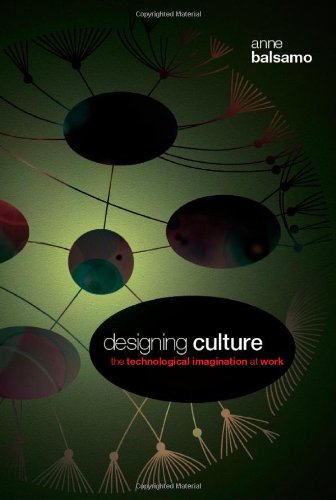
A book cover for Designing Culture: The Technological Imagination at Work; Anne Balsamo; Computers & Technology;